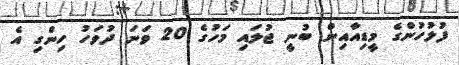
ފުލުހުންގެ މީޑިއާއިން ބުނީ ޖުލައި މަހުގެ 20 ވަނަ ދުވަހު ހިންގި އެ